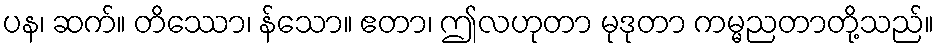
ပန၊ ဆက်။ တိဿော၊ န်သော။ ဧတာ၊ ဤလဟုတာ မုဒုတာ ကမ္မညတာတို့သည်။